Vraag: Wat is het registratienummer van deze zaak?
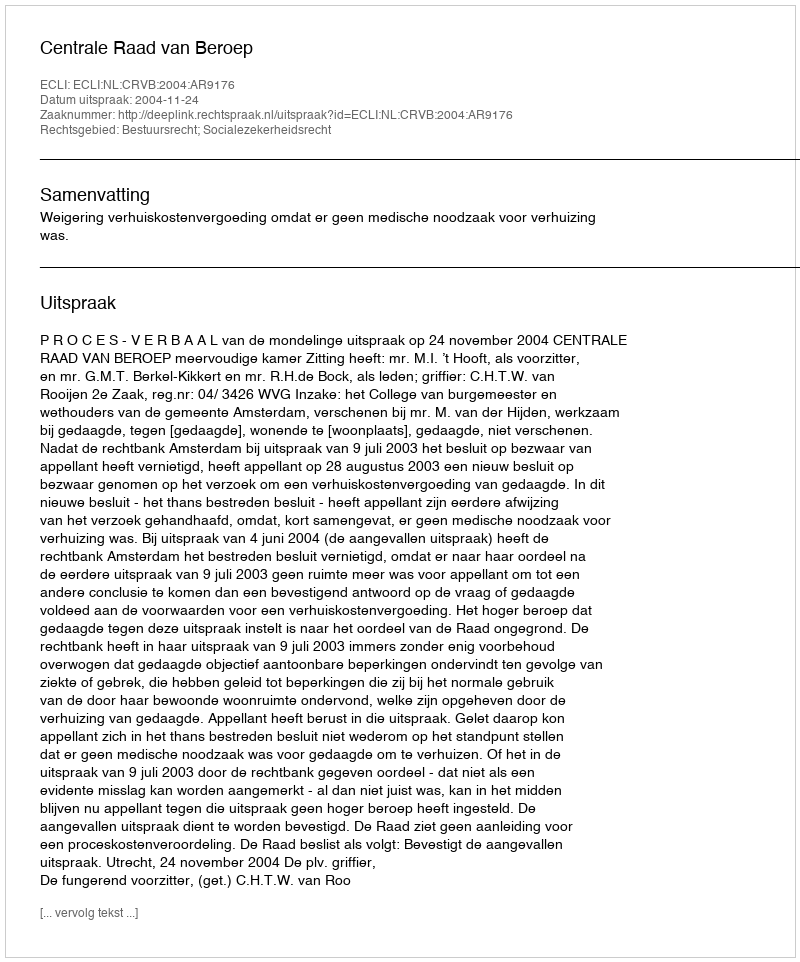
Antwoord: http://deeplink.rechtspraak.nl/uitspraak?id=ECLI:NL:CRVB:2004:AR9176